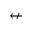
\nleftarrow